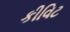
કીવિટ